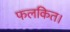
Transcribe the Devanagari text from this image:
फलकित।